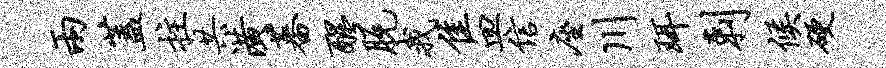
两盖拄共潢蕃醒脱我隹皿信座川珥剌候硬